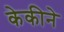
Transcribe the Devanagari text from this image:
केकीने